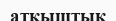
атқыштық